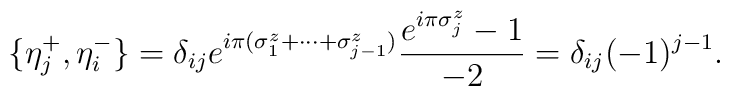
\{\eta_{j}^{+}, \eta_{i}^{-}\} = \delta_{ij}e^{i\pi(\sigma_{1}^{z} + \cdots + \sigma_{j-1}^{z})}\frac{e^{i\pi\sigma_{j}^{z}} - 1}{-2}= \delta_{ij} (-1)^{j-1}.